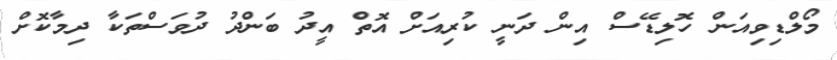
މޯލްޑިވިއަން ހޮލިޑޭސް އިން ދަނީ ކުރިއަށް އޮތް އީދު ބަންދު ދުވަސްތަކާ ދިމާކޮށް